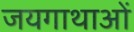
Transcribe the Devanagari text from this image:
जयगाथाओं